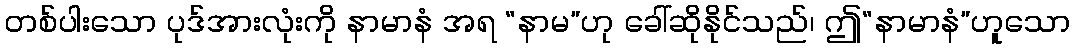
တစ်ပါးသော ပုဒ်အားလုံးကို နာမာနံ အရ “နာမ”ဟု ခေါ်ဆိုနိုင်သည်၊ ဤ“နာမာနံ”ဟူသော